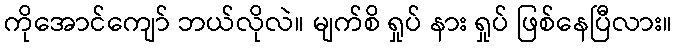
ကိုအောင်ကျော် ဘယ်လိုလဲ။ မျက်စိ ရှုပ် နား ရှုပ် ဖြစ်နေပြီလား။